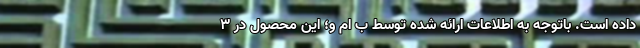
داده است. باتوجه به اطلاعات ارائه شده توسط ب ام و؛ این محصول در 3